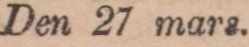
Den 27 marz.